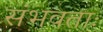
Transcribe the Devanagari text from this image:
संभवताः